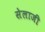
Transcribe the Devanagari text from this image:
सेलाजी